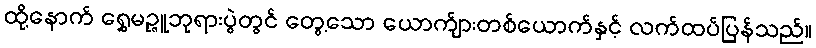
ထို့နောက် ရွှေမဉ္ဇူဘုရားပွဲတွင် တွေ့သော ယောက်ျားတစ်ယောက်နှင့် လက်ထပ်ပြန်သည်။